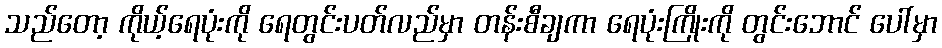
သည်တော့ ကိုယ့်ရေပုံးကို ရေတွင်းပတ်လည်မှာ တန်းစီချကာ ရေပုံးကြိုးကို တွင်းဘောင် ပေါ်မှာ